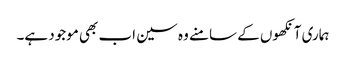
ہماری آنکھوں کے سامنے وہ سین اب بھی موجود ہے۔